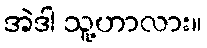
အဲဒါ သူ့ဟာလား။